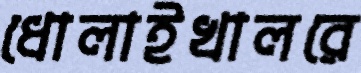
ধোলাইখালরে